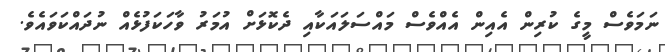
ނަމަވެސް މީގެ ކުރިން އެއިން އެއްވެސް މައްސަލައަކާއި ދެކޮޅަށް އުމަރު ވާހަކަފުޅެއް ނުދައްކަވައެވެ.